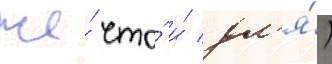
же́ что́ и́ дл'я́)